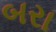
બરા